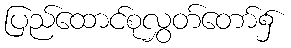
ပြည်ထောင်စုလွှတ်တော်၌